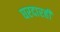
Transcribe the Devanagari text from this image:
घरदारही